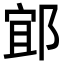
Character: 𨛯